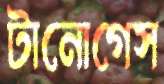
টানোগেস